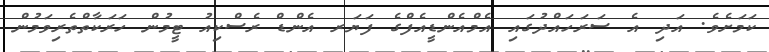
ކަމަށެވެ. އަދި އެ ސަރަހައްދުގައި އެމްއެންޑީއެފްގެ ފަޔަރ އެންޑް ރެސްކިއު ޓީމުން ހަރަކާތްތެރިވަމުން